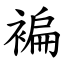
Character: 褊